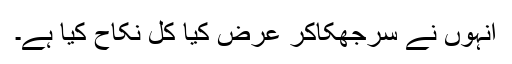
انہوں نے سرجھکاکر عرض کیا کل نکاح کیا ہے۔